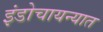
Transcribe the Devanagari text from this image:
इंडोचायन्यात